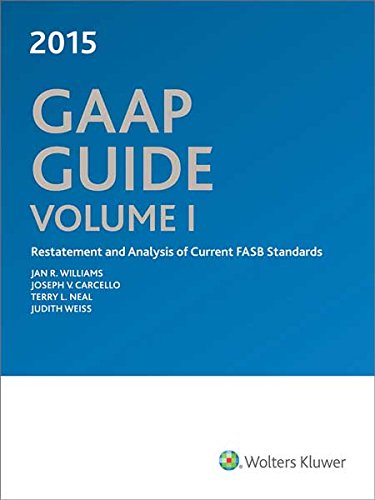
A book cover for GAAP Guide (2015) 2 Volume Set; Ph.D., CPA Jan R. Williams; Business & Money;